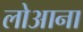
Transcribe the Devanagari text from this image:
लोआना